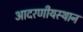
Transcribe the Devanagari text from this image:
आदरणीयस्थान